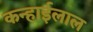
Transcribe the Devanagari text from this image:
कन्हाईलाल